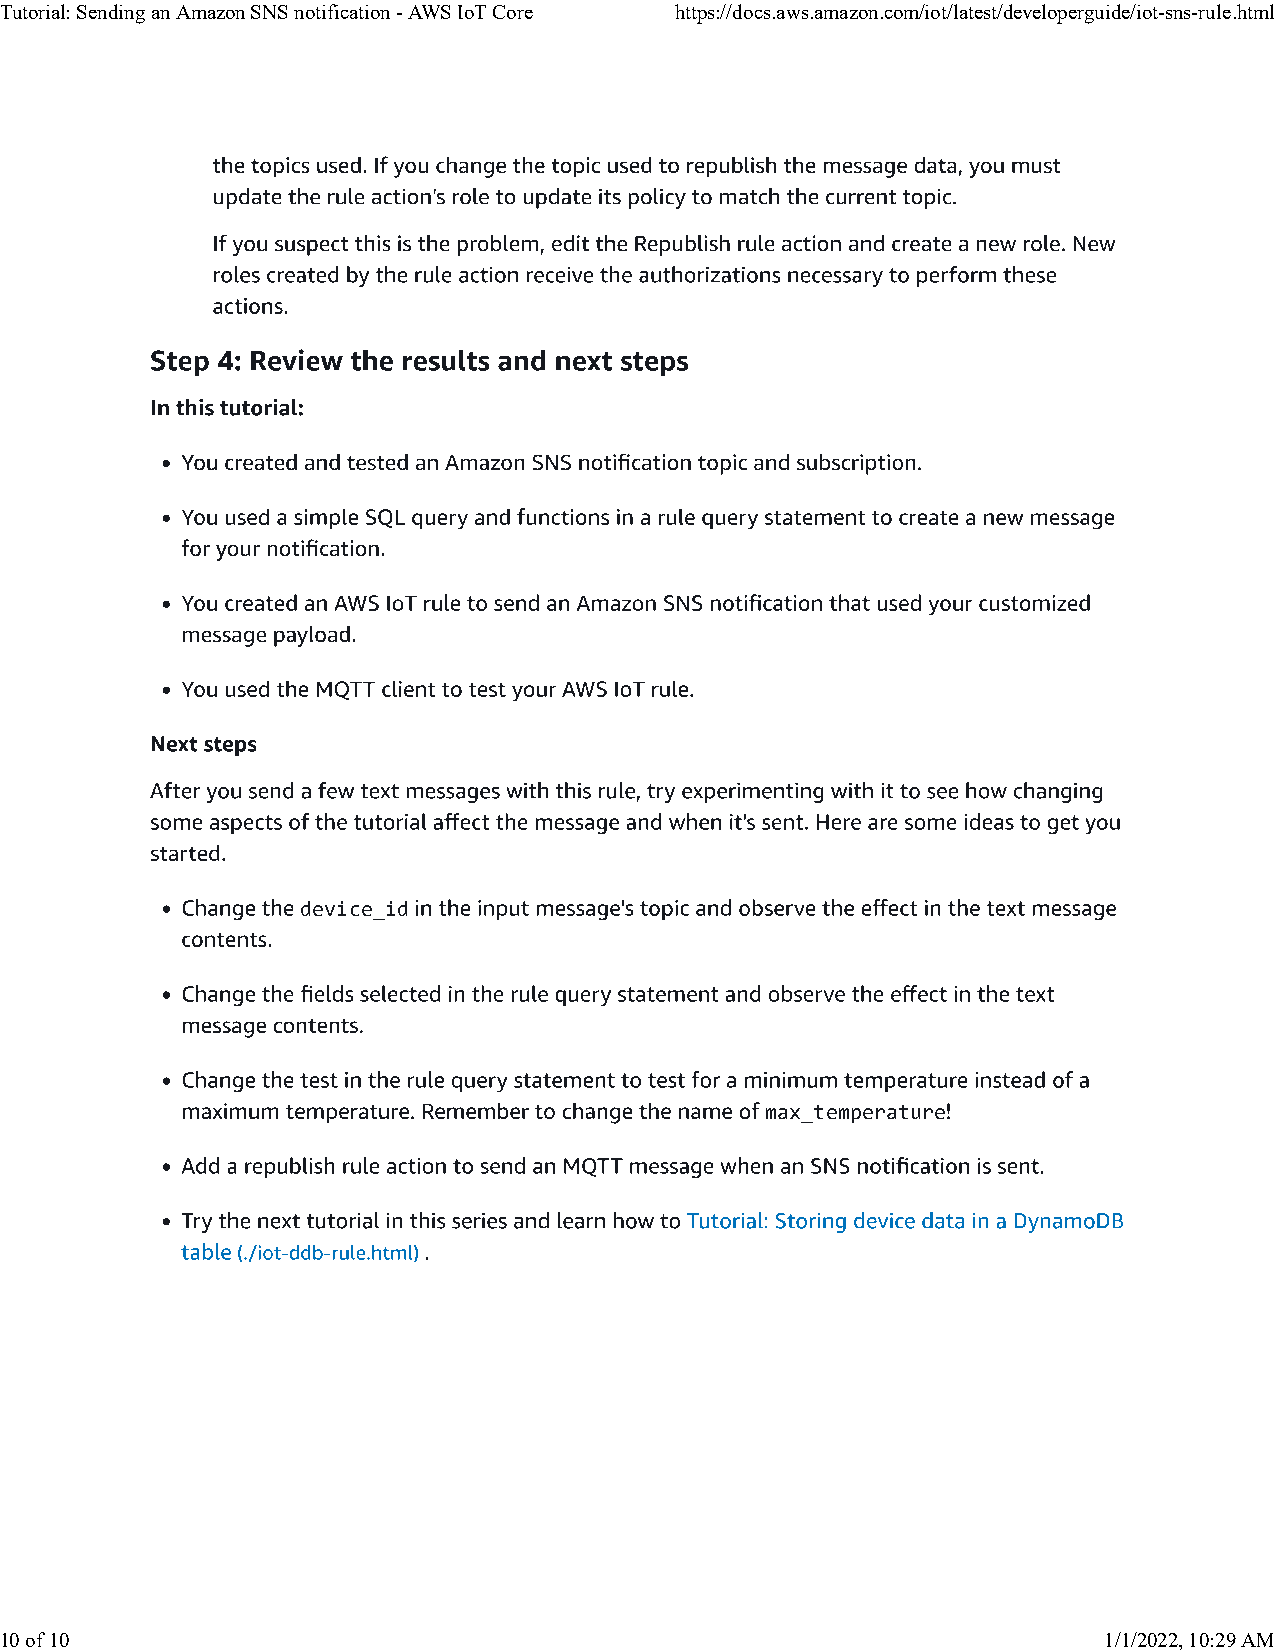
Tutorial: Sending an Amazon SNS notification - AWS IoT Core https://docs.aws.amazon.com/iot/latest/developerguide/iot-sns-rule.html
 device_id
 max_temperature
 10 of 10                                                                 1/1/2022, 10:29 AM